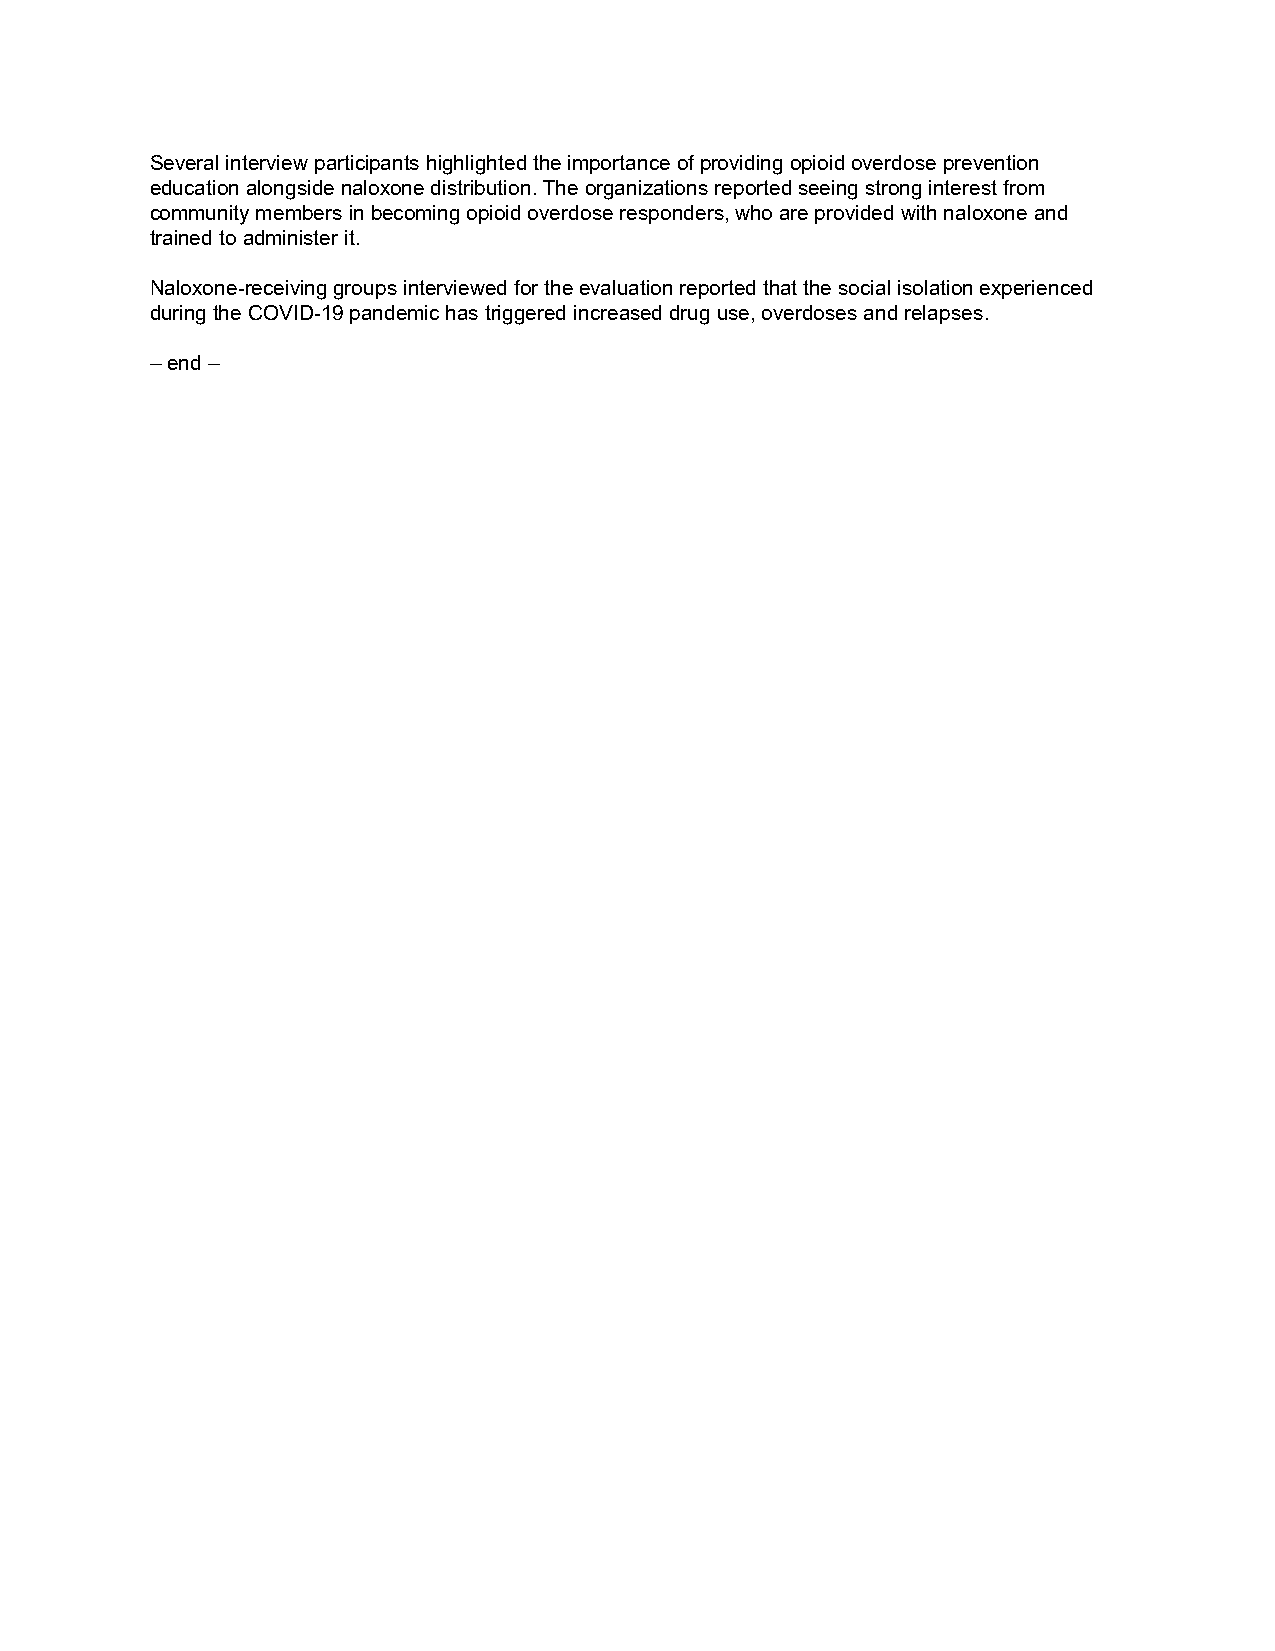
Several interview participants highlighted the importance of providing opioid overdose prevention
 education alongside naloxone distribution. The organizations reported seeing strong interest from
 community members in becoming opioid overdose responders, who are provided with naloxone and
 trained to administer it.
 Naloxone-receiving groups interviewed for the evaluation reported that the social isolation experienced
 during the COVID-19 pandemic has triggered increased drug use, overdoses and relapses.
 – end –